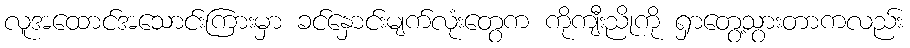
လူအထောင်အသောင်းကြားမှာ ခင်နှောင်းမျက်လုံးတွေက ကိုကျီးညိုကို ရှာတွေ့သွားတာကလည်း